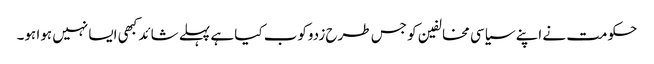
حکومت نے اپنے سیاسی مخالفین کو جس طرح زدوکوب کیا ہے پہلے شائد کبھی ایسا نہیں ہوا ہو۔